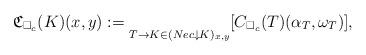
LaTeX: \begin{align*} \mathfrak{C}_{\square_c}(K)(x,y):= \underset{T \to K \in (Nec \downarrow K)_{x,y}}{} [ C_{\square_c}(T)(\alpha_T, \omega_T)],\end{align*}